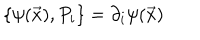
LaTeX: \{ \psi ( \vec { x } ) , P _ { i } \} = \partial _ { i } \psi ( \vec { x } )